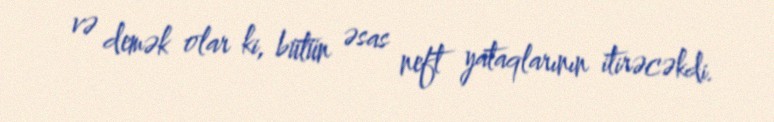
və demək olar ki, bütün əsas neft yataqlarının itirəcəkdi.